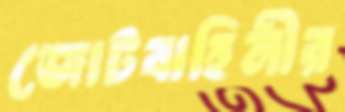
জোটবাহিনীর